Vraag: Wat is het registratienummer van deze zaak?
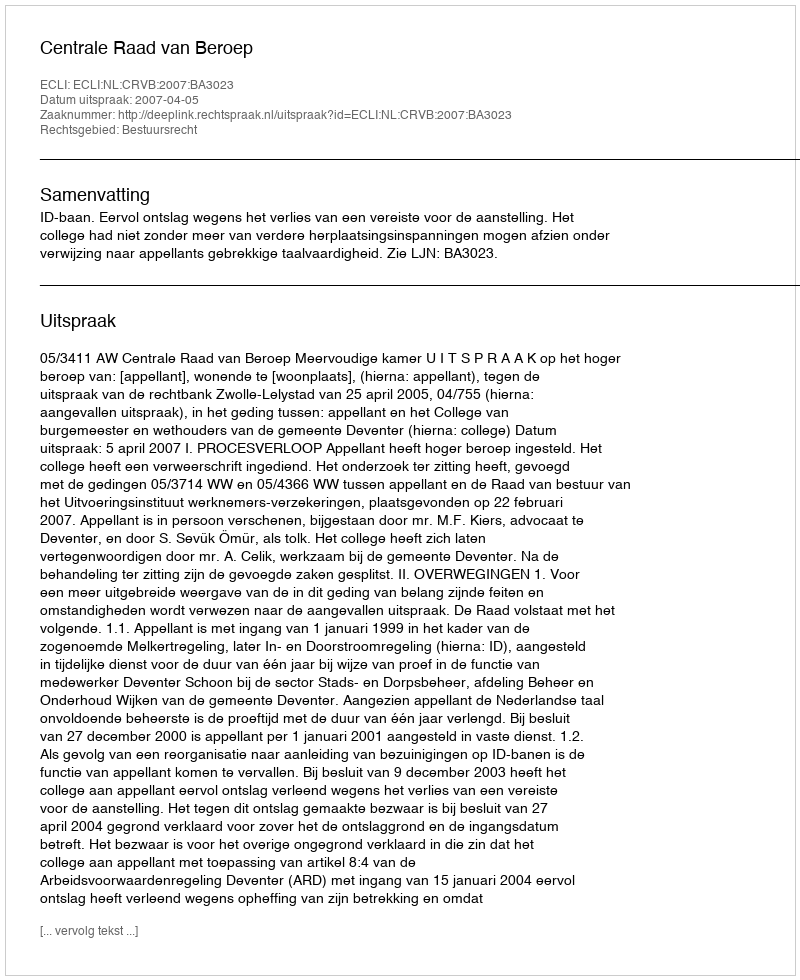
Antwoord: http://deeplink.rechtspraak.nl/uitspraak?id=ECLI:NL:CRVB:2007:BA3023